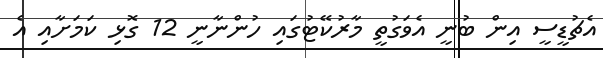
އެޗުޑީސީ އިން ބުނީ އެވަގުތީ މާރުކޭޓުގައި ހުންނާނީ 12 ގޮޅި ކަމަށާއި އެ